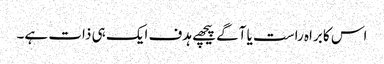
اس کا براہ راست یا آگے پیچھے ہدف ایک ہی ذات ہے۔